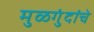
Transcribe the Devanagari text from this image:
मुळगुंदांचे